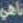
ناهي